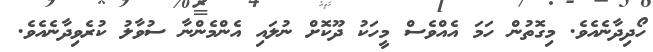
ހޯދިދާނެއެވެ. މިގޮތުން ހަމަ އެއްވެސް މީހަކު ދޫކޮށް ނުލައި އެންމެންނާ ސުވާލު ކުރެވިދާނެއެވެ.